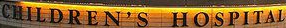
CHILDREN'S HOSPITAL